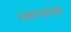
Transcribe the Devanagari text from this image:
स्वातत्र्याच्या